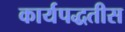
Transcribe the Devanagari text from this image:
कार्यपद्धतीस